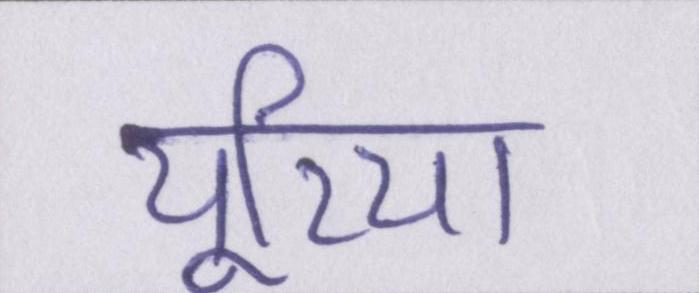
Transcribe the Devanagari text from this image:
यूरिया